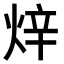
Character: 𤈼